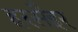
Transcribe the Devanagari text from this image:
हरसैइर